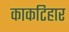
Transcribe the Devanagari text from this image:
काकटिहार